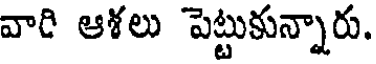
వారి ఆళలు పెట్టుకున్నారు.